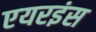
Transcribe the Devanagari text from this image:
एयरइंस